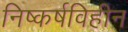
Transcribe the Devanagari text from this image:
निष्कर्षविहीन